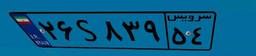
۲۶S۸۳۹۵۴